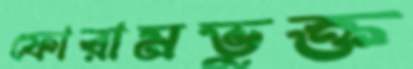
ফোরামভুক্ত